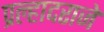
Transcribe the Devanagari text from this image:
प्रल्हादराजे